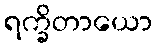
ရက္ခိတာယော